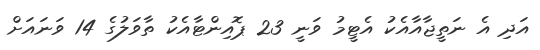
އަދި އެ ނަތީޖާއާއެކު އެޓީމު ވަނީ 23 ޕޮއިންޓާއެކު ތާވަލުގެ 14 ވަނައަށް